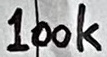
Text: 100k